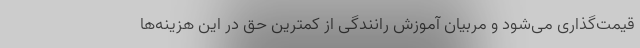
قیمت‌گذاری می‌شود و مربیان آموزش رانندگی از کمترین حق در این هزینه‌ها